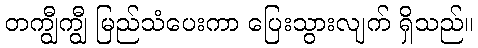
တကျွီကျွီ မြည်သံပေးကာ ပြေးသွားလျက် ရှိသည်။